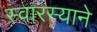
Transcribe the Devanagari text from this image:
स्वारस्याने